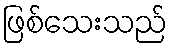
ဖြစ်သေးသည်